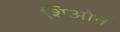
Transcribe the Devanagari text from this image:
शिओन